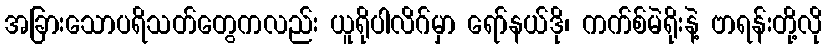
အခြားသောပရိသတ်တွေကလည်း ယူရိုပါလိဂ်မှာ ရော်နယ်ဒို၊ ကက်စ်မဲရိုးနဲ့ ဗာရန်းတို့လို